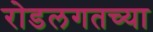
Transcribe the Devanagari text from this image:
रोडलगतच्या